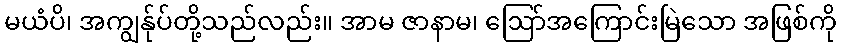
မယံပိ၊ အကျွန်ုပ်တို့သည်လည်း။ အာမ ဇာနာမ၊ ဩော်အကြောင်းမြဲသော အဖြစ်ကို